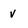
Character: v